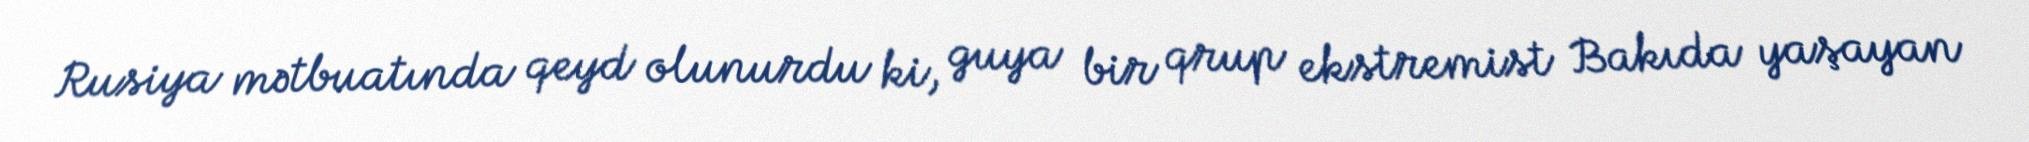
Rusiya mətbuatında qeyd olunurdu ki, guya bir qrup ekstremist Bakıda yaşayan